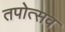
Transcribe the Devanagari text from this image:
तपोत्सव